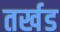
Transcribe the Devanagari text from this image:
तर्खड